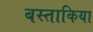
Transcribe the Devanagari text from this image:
बस्ताकिया